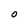
Character: o